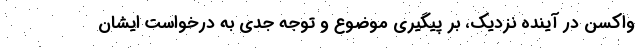
واکسن در آینده نزدیک، بر پیگیری موضوع و توجه جدی به درخواست ایشان